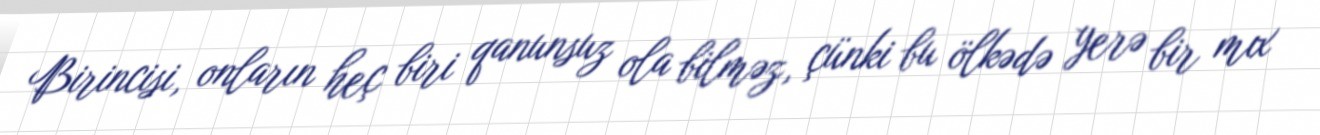
Birincisi, onların heç biri qanunsuz ola bilməz, çünki bu ölkədə yerə bir mıx